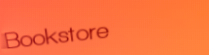
Bookstore